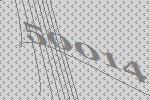
50014